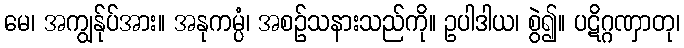
မေ၊ အကျွန်ုပ်အား။ အနုကမ္ပံ၊ အစဉ်သနားသည်ကို။ ဥပါဒါယ၊ စွဲ၍။ ပဋိဂ္ဂဏှာတု၊